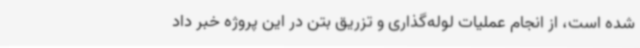
شده است، از انجام عملیات لوله‌گذاری و تزریق بتن در این پروژه خبر داد